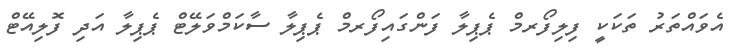
އެވައްތަރު ތަކަކީ ފިލިފޯރމް ޕެޕިލާ ފަންގައިފޯރމް ޕެޕިލާ ސާކަމްވަލޭޓް ޕެޕިލާ އަދި ފޮލިއޭޓް